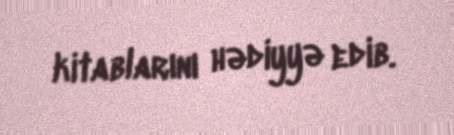
kitablarını hədiyyə edib.